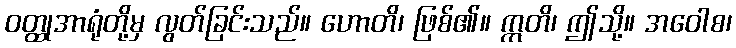
ဝတ္ထုအာရုံတို့မှ လွတ်ခြင်းသည်။ ဟောတိ၊ ဖြစ်၏။ ဣတိ၊ ဤသို့။ အဝေါစ၊